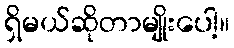
ရှိမယ်ဆိုတာမျိုးပေါ့။